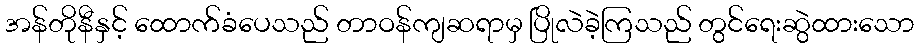
အန်တိုနီနှင့် ထောက်ခံပေသည် တာဝန်ကျဆရာမှ ပြိုလဲခဲ့ကြသည် တွင်ရေးဆွဲထားသော